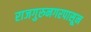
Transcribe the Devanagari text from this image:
राजगुरुनगरपासून